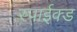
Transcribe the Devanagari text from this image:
स्पाईक्ड